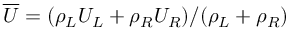
\overline { { U } } = ( \rho _ { L } U _ { L } + \rho _ { R } U _ { R } ) / ( \rho _ { L } + \rho _ { R } )